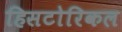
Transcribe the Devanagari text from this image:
हिसटोरिकल